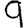
Digit: 9